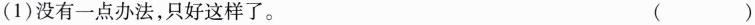
(1)没有一点办法，只好这样了。 ( )